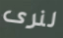
لنرى